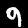
Label: 9